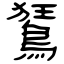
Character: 鵟